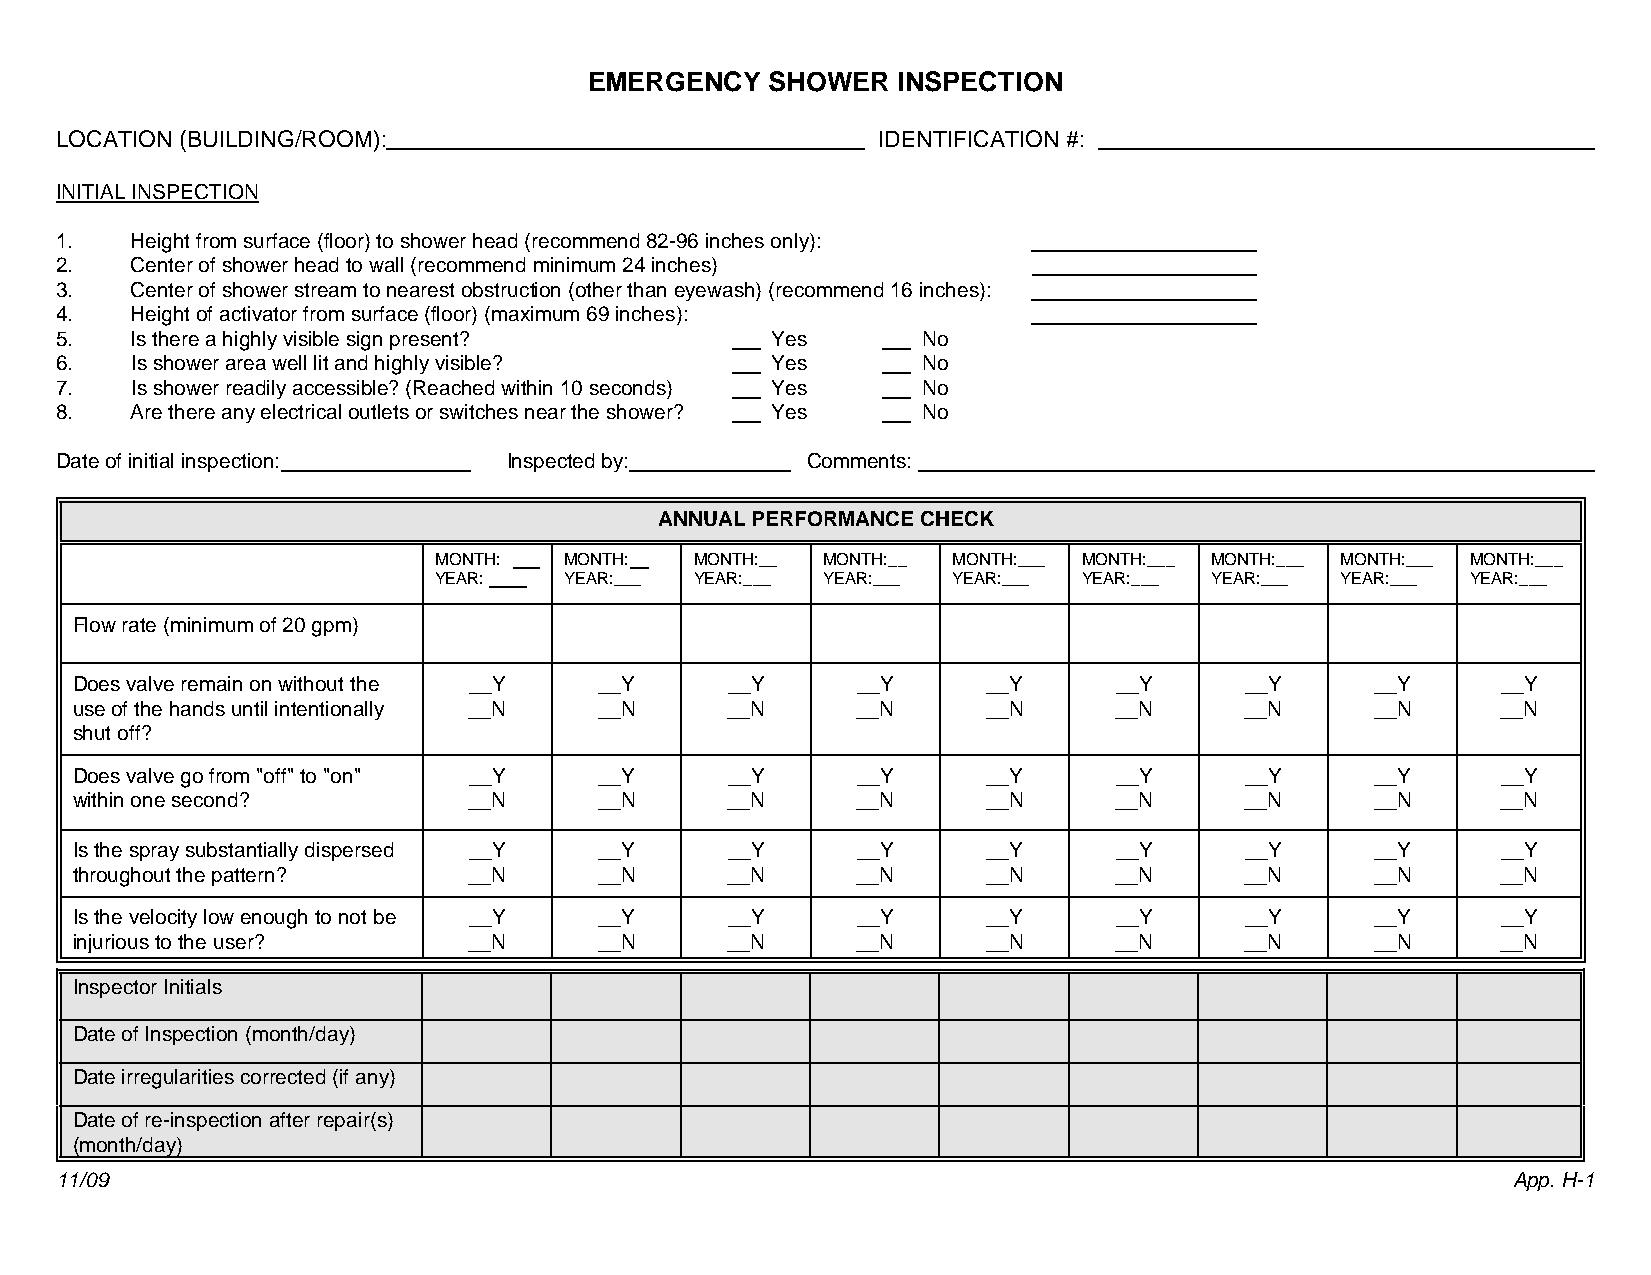
EMERGENCY   SHOWER  INSPECTION
 LOCATION (BUILDING/ROOM):                             IDENTIFICATION #:
 INITIAL INSPECTION
 1.   Height from surface (floor) to shower head (recommend 82-96 inches only):
 2.   Center of shower head to wall (recommend minimum 24 inches)
 3.   Center of shower stream to nearest obstruction (other than eyewash) (recommend 16 inches):
 4.   Height of activator from surface (floor) (maximum 69 inches):
 5.   Is there a highly visible sign present?   Yes       No
 6.   Is shower area well lit and highly visible? Yes     No
 7.   Is shower readily accessible? (Reached within 10 seconds) Yes No
 8.   Are there any electrical outlets or switches near the shower? Yes No
 Date of initial inspection:   Inspected by:      Comments:
 ANNUAL PERFORMANCE CHECK
 MONTH:  MONTH:   MONTH:__ MONTH:__ MONTH:___ MONTH:___ MONTH:___ MONTH:___ MONTH:___
 YEAR:   YEAR:___ YEAR:___ YEAR:___ YEAR:___ YEAR:___ YEAR:___ YEAR:___ YEAR:___
 Flow rate (minimum of 20 gpm)
 Does valve remain on without the __Y __Y   __Y      __Y     __Y      __Y     __Y      __Y     __Y
 use of the hands until intentionally __N __N __N    __N     __N      __N     __N      __N     __N
 shut off?
 Does valve go from "off" to "on" __Y __Y   __Y      __Y     __Y      __Y     __Y      __Y     __Y
 within one second?        __N      __N     __N      __N     __N      __N     __N      __N     __N
 Is the spray substantially dispersed __Y __Y __Y    __Y     __Y      __Y     __Y      __Y     __Y
 throughout the pattern?   __N      __N     __N      __N     __N      __N     __N      __N     __N
 Is the velocity low enough to not be __Y __Y __Y    __Y     __Y      __Y     __Y      __Y     __Y
 injurious to the user?    __N      __N     __N      __N     __N      __N     __N      __N     __N
 Inspector Initials
 Date of Inspection (month/day)
 Date irregularities corrected (if any)
 Date of re-inspection after repair(s)
 (month/day)
 11/09                                                                                           App. H-1